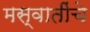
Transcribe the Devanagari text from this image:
मस्वातींचे